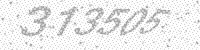
Solution: 313505